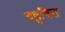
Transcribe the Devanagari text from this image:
बहुवित्त